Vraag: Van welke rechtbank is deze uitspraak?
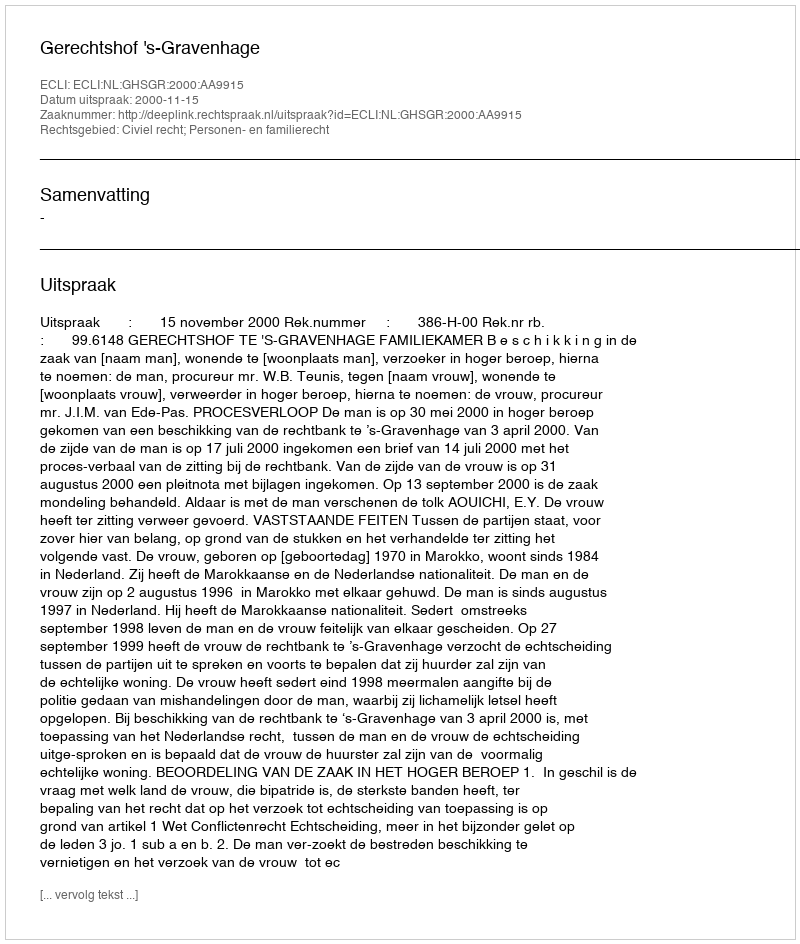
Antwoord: Gerechtshof 's-Gravenhage